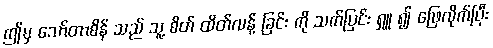
ဤမှ သော်တာစိန် သည် သူ့ စိတ် ထိတ်လန့် ခြင်း ကို သက်ပြင်း ရှူ ၍ ဖြေလိုက်ပြီး